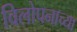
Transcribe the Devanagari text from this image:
विलोपनाच्या